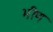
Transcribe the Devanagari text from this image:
भीण